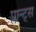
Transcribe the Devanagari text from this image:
प्लान्ट्स